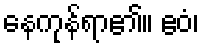
နေကုန်ရာ၏။ ဧဝံ၊